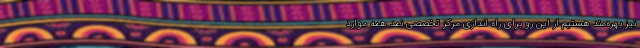
نیز بهره‌مند هستیم از این رو برای راه اندازی مرکز تخصصی نمد همه موارد